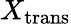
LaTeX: X_{\mathrm{{trans}}}